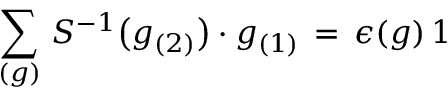
\sum _ { ( g ) } \, S ^ { - 1 } \big ( g _ { ( 2 ) } \big ) \cdot g _ { ( 1 ) } \, = \, \epsilon ( g ) \, 1